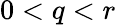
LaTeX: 0<q<r